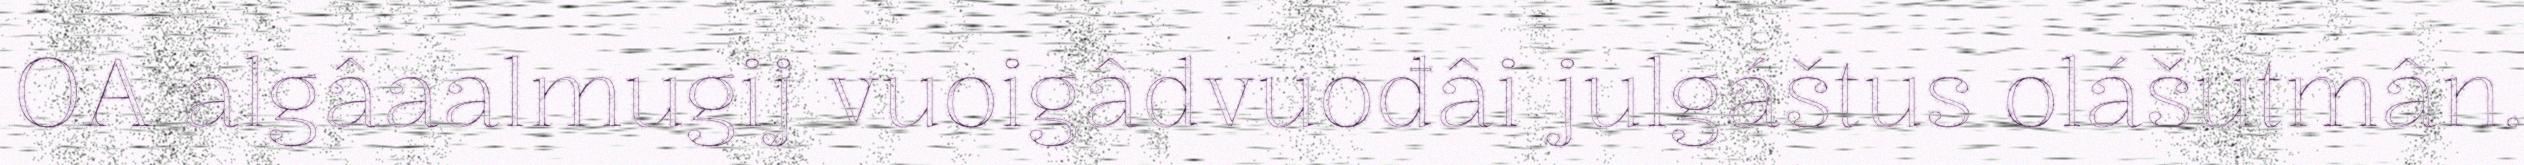
OA algâaalmugij vuoigâdvuođâi julgáštus olášutmân.